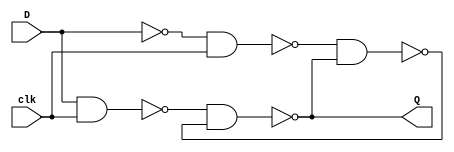
module latchD (D, clk, Q);
	input D, clk;
	output Q;
	
	wire S, R, R_g, S_g, Qa, Qb /*synthesis keep*/;
	
	assign S = D;
	assign R = ~D;
	assign R_g = ~(R & clk);
	assign S_g = ~(S & clk);
	assign Qa = ~(S_g & Qb);
	assign Qb = ~(R_g & Qa);
	
	assign Q = Qa;
	
endmodule